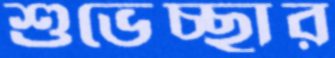
শুভেচ্ছার